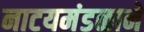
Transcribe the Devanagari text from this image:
नाटयमंडळाने